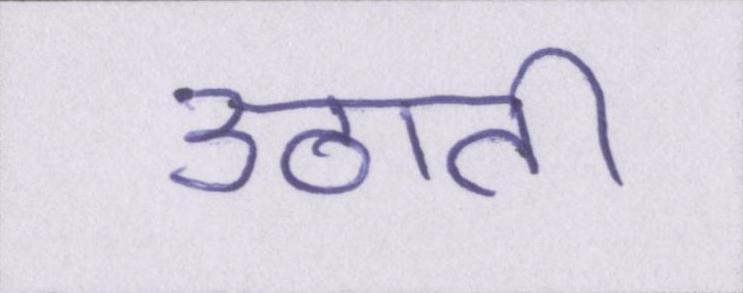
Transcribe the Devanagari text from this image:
उठाती